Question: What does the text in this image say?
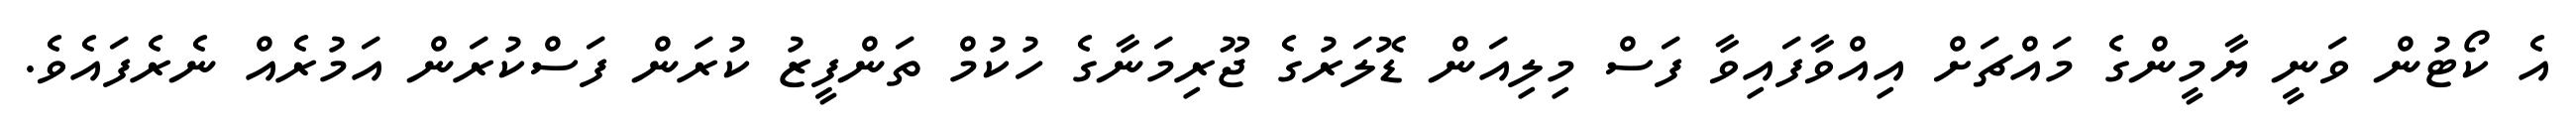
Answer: އެ ކޯޓުން ވަނީ ޔާމީންގެ މައްޗަށް އިއްވާފައިވާ ފަސް މިލިއަން ޑޮލަރުގެ ޖޫރިމަނާގެ ހުކުމް ތަންފީޒު ކުރަން ފަސްކުރަން އަމުރެއް ނެރެފައެވެ.